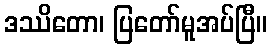
ဒဿိတော၊ ပြတော်မူအပ်ပြီ။